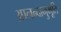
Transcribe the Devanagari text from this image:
आनन्‍दानुभूति